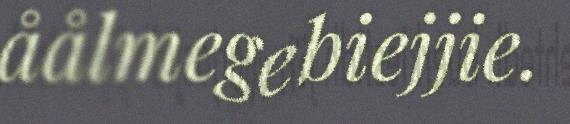
åålmegebiejjie.